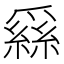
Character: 𦃟